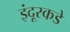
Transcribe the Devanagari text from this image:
इंदूरकडे